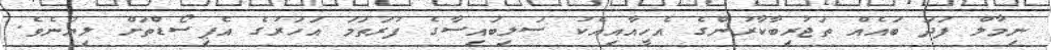
ނިމާލް ފަދަ ބައެއް ތަޖުރިބާކާރުންގެ އެހީއާއިއެކު ސަލިބައިސާގެ ފުރަތަމަ އަހަރުގެ އެޕިސޯޑްތަށް ލިޔުނެވެ.